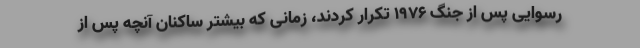
رسوایی پس از جنگ ۱۹۷۶ تکرار کردند، زمانی که بیشتر ساکنان آنچه پس از